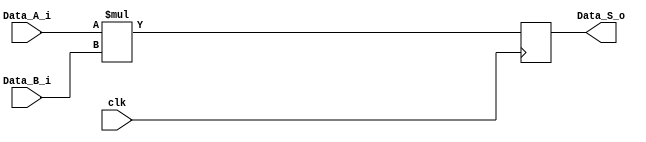
module multiplier_6
    # (parameter W = 32) (
    input wire clk,
    input wire [W-1:0] Data_A_i,
    input wire [W-1:0] Data_B_i,
    output wire [2*W-1:0] Data_S_o
    );
    reg [2*W-1:0] pdt_int;
    assign Data_S_o=pdt_int;
    always@(posedge clk)
    begin
        pdt_int<= Data_A_i*Data_B_i;
    end
endmodule